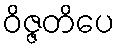
ဝိဇ္ဇတိပေ